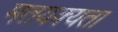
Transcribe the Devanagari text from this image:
मतयक्यता